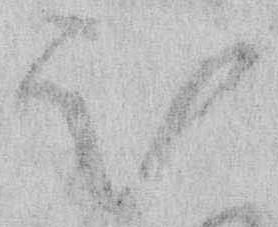
仰